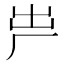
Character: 𠩃